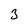
Character: 3